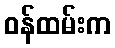
ဝန်ထမ်းက